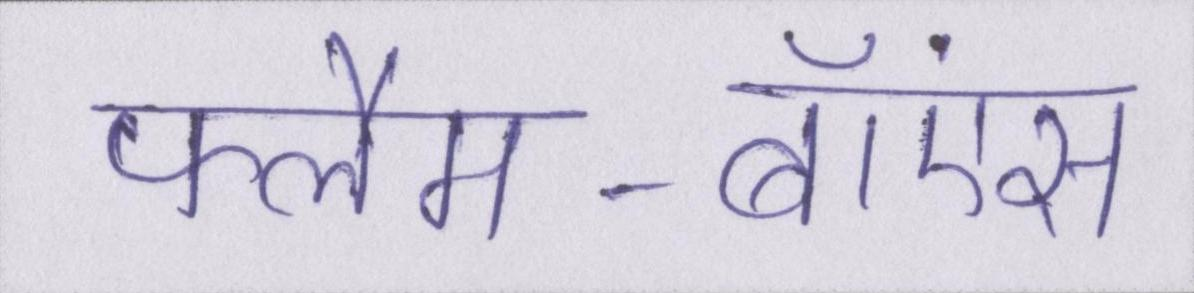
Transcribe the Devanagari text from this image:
फ्लैम-बॉएंस